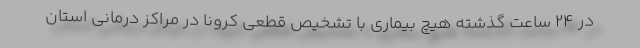
در ۲۴ ساعت گذشته هیچ بیماری با تشخیص قطعی کرونا در مراکز درمانی استان